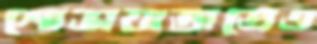
শোভাযাত্রাতেও